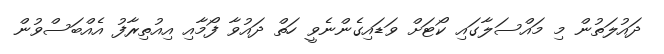
ދައުލަތުން މި މައްސަލާގައި ކޯޓަށް ވަޑައިގެންނެވީ ހަތް ދައުވާ ފޯމާއި އިއުތިރާފު އެއްބަސްވުން